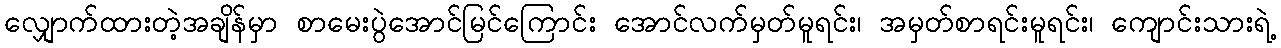
လျှောက်ထားတဲ့အချိန်မှာ စာမေးပွဲအောင်မြင်ကြောင်း အောင်လက်မှတ်မူရင်း၊ အမှတ်စာရင်းမူရင်း၊ ကျောင်းသားရဲ့